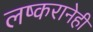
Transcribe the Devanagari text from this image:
लष्करानेही